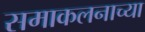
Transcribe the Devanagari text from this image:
समाकलनाच्या